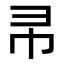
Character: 𭘒